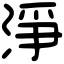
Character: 淨